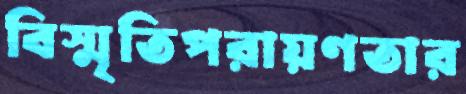
বিস্মৃতিপরায়ণতার